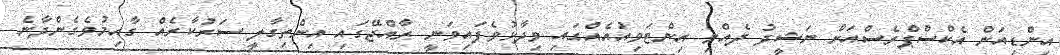
އިންޑިއަން އެކްސްޕްރެސްއަށް ނަޝީދު ދެއްވި އިންޓަވިއުއެއްގައި ވިދާޅުވެފައިވަނީ ރާއްޖޭގައި އިންތިގާލީ ސަރުކާރެއް ގާއިމުވެގެންދާނެ